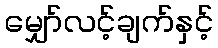
မျှော်လင့်ချက်နှင့်